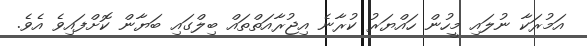
އަމުރަކާ ނުލައި މީހުން ހައްޔަރު ކުރާނެ އިޖުރާއަތްތައް ބިލްގައި ބަޔާން ކޮށްފައިވެ އެވެ.